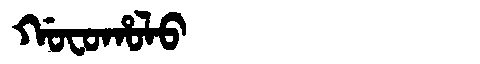
Manchu: ᡤᠣᠸᠣᡥᠣᠯᠣ
Romanization: GOFOHOLO